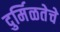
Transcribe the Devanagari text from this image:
दुर्मिळतेचे